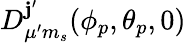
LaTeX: D_{\mu^{\prime}m_{s}}^{\mathbf{j}^{\prime}}(\phi_{p},\theta_{p},0)